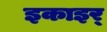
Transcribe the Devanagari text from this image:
इकाइर्